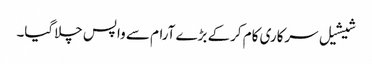
شیشیل سرکاری کام کرکے بڑے آرام سے واپس چلاگیا۔